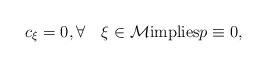
\begin{align*}c_{\xi}=0, \forall\quad\xi\in {\cal M}\hbox{implies}p\equiv 0, \end{align*}